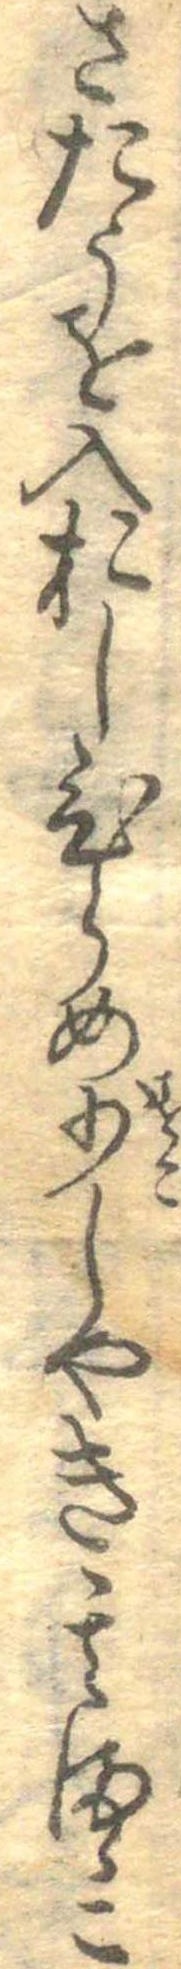
さたうを入おしひらめ少しやき其まゝこ